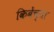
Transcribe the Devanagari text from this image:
किबेंच्या